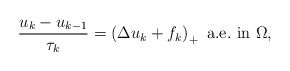
\begin{align*}\dfrac{u_k-u_{k-1}}{\tau_k} = \left( \Delta u_k + f_k \right)_+ \ \mbox{a.e.~in } \Omega,\end{align*}